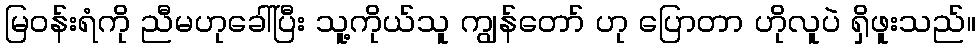
မြဝန်းရံကို ညီမဟုခေါ်ပြီး သူ့ကိုယ်သူ ကျွန်တော် ဟု ပြောတာ ဟိုလူပဲ ရှိဖူးသည်။